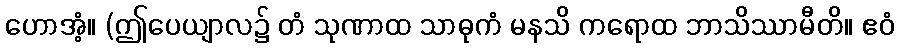
ဟောအံ့။ (ဤပေယျာလ၌ တံ သုဏာထ သာဓုကံ မနသိ ကရောထ ဘာသိဿာမီတိ။ ဧဝံ